Report on enteric fever
Disease focus: Fever
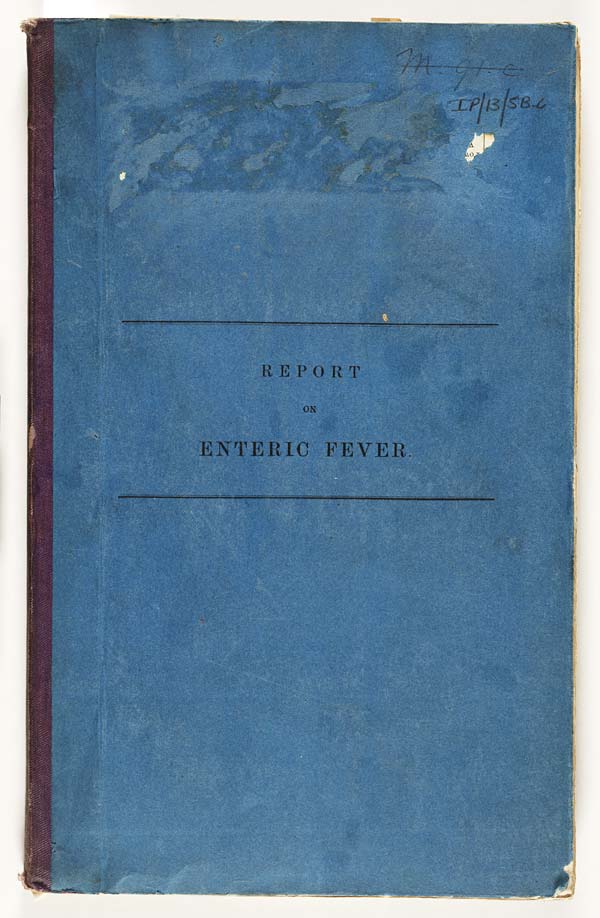
REPORT
ON
ENTERIC FEVER.